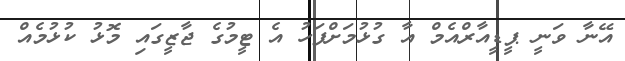
އޭނާ ވަނީ ޕީޑީއާރްއެމް އާ ގުޅުމަށްފަހު އެ ޓީމުގެ ޖާޒީގައި މޮޅު ކުޅުމެއް